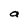
Character: a